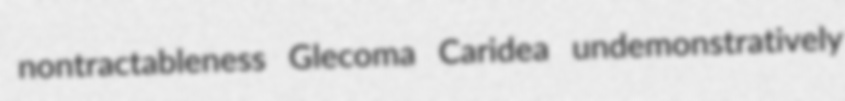
nontractableness Glecoma Caridea undemonstratively